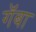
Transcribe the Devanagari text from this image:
गॅबा